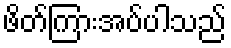
ဖိတ်ကြားအပ်ပါသည်